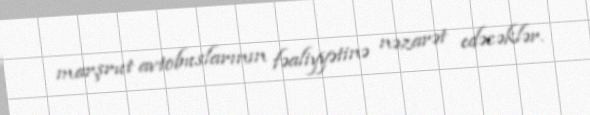
marşrut avtobuslarının fəaliyyətinə nəzarət edəcəklər.